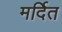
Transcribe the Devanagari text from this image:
मर्दित